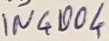
Text: IN4004